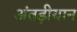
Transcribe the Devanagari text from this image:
अंतड़ीयान